Treatise on elephants
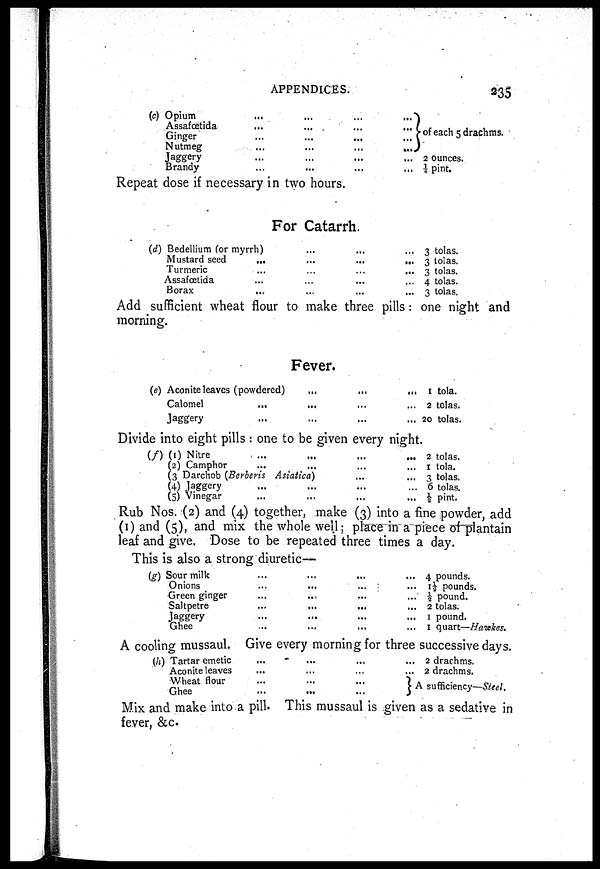
APPENDICES.
235
(c) Opium ... ... ... ...
Assafœtida ... ... ... ...
Ginger ... ... ... ...
Nutmeg ... ... ... ...
Jaggery ... ... ... ...
Brandy ... ... ... ...
of each 5 drachms.
2 ounces.
¼ pint.
Repeat dose if necessary in two hours.
For Catarrh.
(d) Bedellium (or myrrh) ... ... ...
Mustard seed ... ... ... ...
Turmeric ... ... ... ...
Assafœtida ... ... ... ...
Borax ... ... ... ...
3 tolas.
3 tolas.
3 tolas.
4 tolas.
3 tolas.
Add sufficient wheat flour to make three pills : one night and
morning.
Fever.
(e) Aconite leaves (powdered) ... ... ...
Calomel ... ... ... ...
Jaggery ... ... ... ...
1 tola.
2 tolas.
20 tolas.
Divide into eight pills : one to be given every night.
(f) (1) Nitre ... ... ... ...
(2) Camphor ... ... ... ...
(3) Darchob (Berberis Asiatica) ... ...
(4) Jaggery ... ... ... ...
(5) Vinegar ... ... ... ...
2 tolas.
1 tola.
3 tolas.
6 tolas.
½ pint.
Rub Nos. (2) and (4) together, make (3) into a fine powder, add
(1) and (5), and mix the whole well; place in a piece of plantain
leaf and give. Dose to be repeated three times a day.
This is also a strong diuretic—
(g) Sour milk ... ... ... ...
Onions ... ... ... ...
Green ginger ... ... ... ...
Saltpetre ... ... ... ...
Jaggery ... ... ... ...
Ghee ... ... ... ...
4 pounds.
1½ pounds.
½ pound.
2 tolas.
1 pound.
1 quart—Haiekes.
A cooling mussaul. Give every morning for three successive days.
(h) Tartar emetic ... ... ... ...
Aconite leaves ... ... ... ...
Wheat flour ... ... ... ...
Ghee ... ... ... ...
2 drachms.
2 drachms.
A sufficiency—Steel.
Mix and make into a pill. This mussaul is given as a sedative in
fever, &c.